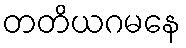
တတိယဂမနေ